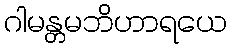
ဂါမန္တမဘိဟာရယေ